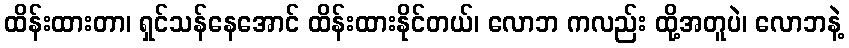
ထိန်းထားတာ၊ ရှင်သန်နေအောင် ထိန်းထားနိုင်တယ်၊ လောဘ ကလည်း ထို့အတူပဲ၊ လောဘနဲ့